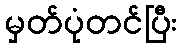
မှတ်ပုံတင်ပြီး